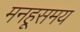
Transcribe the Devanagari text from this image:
मनहूसमय